system: You are a helpful assistant.
user:
Analyze the provided spectrum to determine if it is a **M-type Giant (gM)**.

A M-type Giant spectrum is defined by its **strong molecular absorption** features, particularly from **Titanium Oxide (TiO)**. You must check for one of the following mutually exclusive signatures:

- **Key Visual Indicators (Absorption-Dominated Spectrum):**

    - **(Primary):** The spectrum is dominated by strong molecular absorption from **Titanium Oxide (TiO)**. This is the **defining feature** of its M-type temperature class.
        - **(Key Bandheads):** Look for sharp, "saw-tooth" absorption valleys. The strongest are located near **~7050 Å**, **~6160 Å**, and **~5170 Å**.
        - **(Line Profile):** The "saw-tooth" morphology is critical: a **sharp, steep drop on the BLUE (short-wavelength) side** of the bandhead, followed by a gradual recovery (rising flux) towards the RED (long-wavelength) side.

    - **(Key Confirmation - Giant vs. Dwarf):** **ABSENCE** of strong **Calcium Hydride (CaH)** molecular bands. This is the primary diagnostic for *excluding* M-dwarfs.
        - **(Key Region):** The spectrum should lack the strong, broad absorption band seen in dwarfs between **~6800 Å and ~7000 Å**.

    - **(Secondary Confirmation - Giant):** A very strong and broad **Neutral Calcium (Ca I)** atomic absorption line.
        - **(Key Line):** Located at **~4226 Å**. In a giant (gM), this line is significantly deeper and broader than the same line in an M-dwarf (dM) due to low surface gravity.

    - **(Overall Spectrum):**
        - The continuum is **extremely red-sloping** (i.e., flux is very low in the blue and rises dramatically towards the red).
        - The entire spectrum appears "chopped up" by the deep TiO bands.

Think first, call **spectral_visualization_tool** if needed to examine features in detail, then provide your final answer. Your response must adhere to the following strict rules:
1.  **Overall Structure:** Your response must follow the format `<think>...</think> <tool_call>...</tool_call> (if a tool is used) <answer>...</answer>`.
2.  **Tool Usage Constraint:** You may only make **one** tool call per turn.
3.  **Final Answer Format:** In the `<answer>` tag, your conclusion must be inside a `\boxed{}` command (e.g., `\boxed{YES}` or `\boxed{NO}`), followed by your justification.

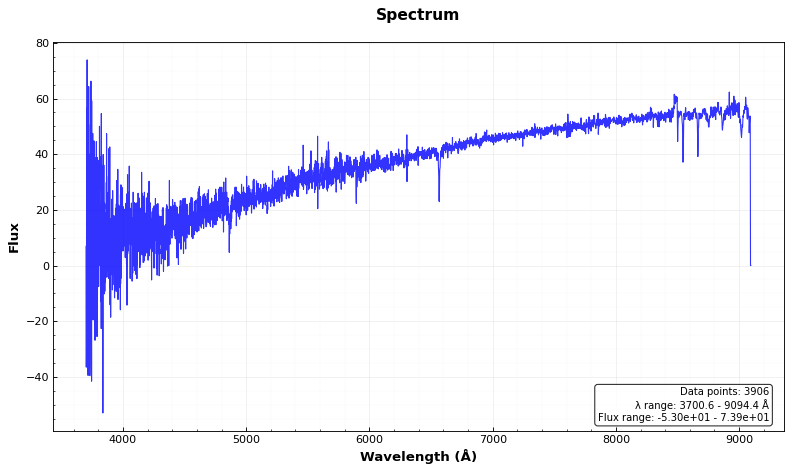
Answer: NO